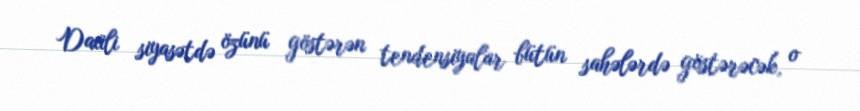
Daxili siyasətdə özünü göstərən tendensiyalar bütün sahələrdə göstərəcək, o